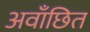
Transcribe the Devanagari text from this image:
अवाँछित